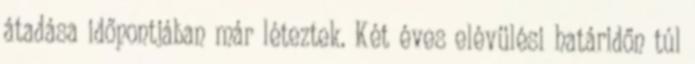
átadása időpontjában már léteztek. Két éves elévülési határidőn túl